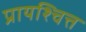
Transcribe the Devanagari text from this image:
प्रायश्‍चित्त